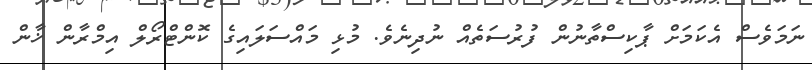
ނަމަވެސް އެކަމަށް ޕާކިސްތާނުން ފުރުސަތެއް ނުދިނެވެ. މުޅި މައްސަލައިގެ ކޮންޓްރޯލް އިމްރާން ޚާން